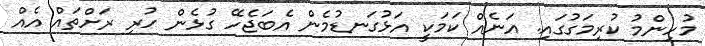
މުހިންމު ކުރިމަގުގައި. އަނެއް ކަމަކީ އަޅުގަނޑުމެން އެބަޖެހޭ ގުޅެން ހުރި ރަށްތައް އެއް